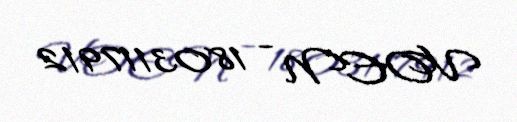
VOEN - 1803117912